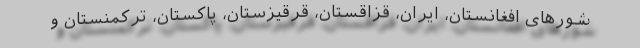
شورهای افغانستان، ایران، قزاقستان، قرقیزستان، پاکستان، ترکمنستان و